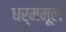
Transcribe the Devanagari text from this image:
धर्ममूल